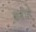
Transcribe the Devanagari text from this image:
कबीलें